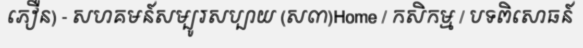
ភឿន) - សហគមន៍សម្បូរសប្បាយ (ស៣)Home / កសិកម្ម / បទពិសោធន៍